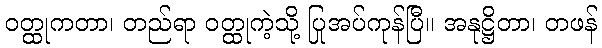
ဝတ္ထုကတာ၊ တည်ရာ ဝတ္ထုကဲ့သို့ ပြုအပ်ကုန်ပြီ။ အနုဋ္ဌိတာ၊ တဖန်